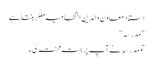
استاد معاون والدین انتظامیہ ملکر بنتا ہے
"مدرسہ "
تو مدرسہ نے آپ پر بہت محنت کی ۔